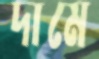
দামে